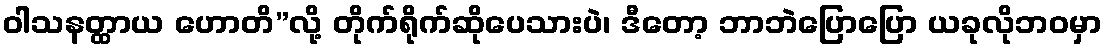
ဝါသနတ္ထာယ ဟောတိ”လို့ တိုက်ရိုက်ဆိုပေသားပဲ၊ ဒီတော့ ဘာဘဲပြောပြော ယခုလိုဘဝမှာ